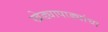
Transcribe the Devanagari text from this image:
खेड्यापाड्यांचा